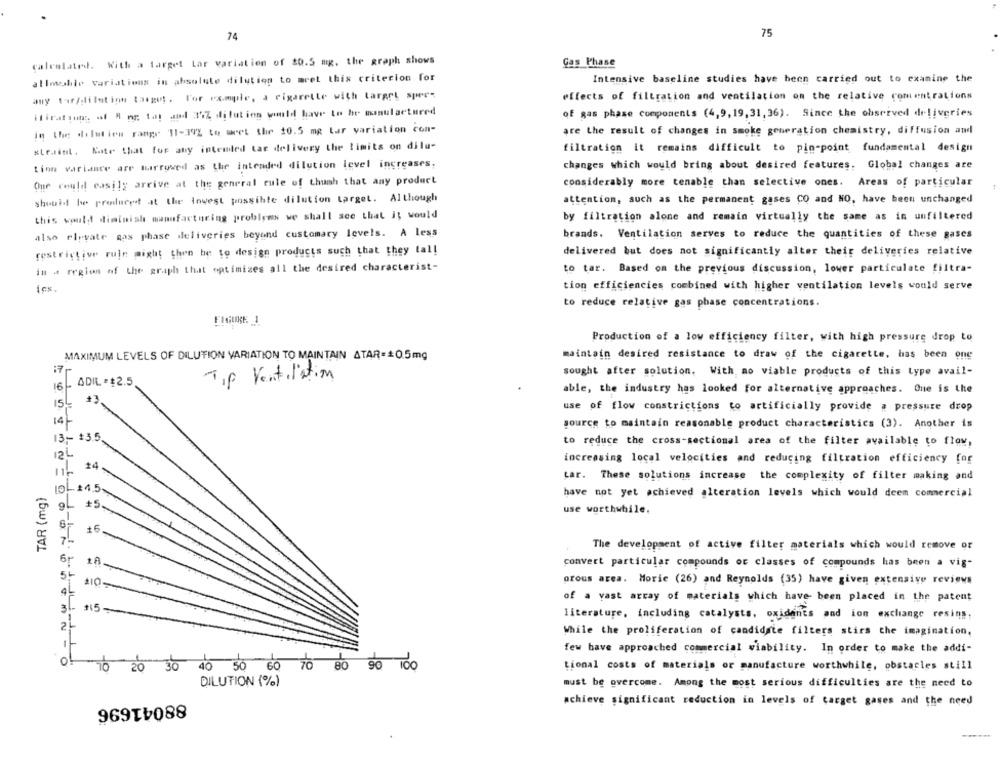
74
75
calculated. With a target Lar variation of 20.5 mg. the graph shows
Gas Phase
allowshie variations in absolute dilution to mret this criterion for
Intensive baseline studies have been carried out to examine the
amy tar/dilution target. Por comple, a cigarette with target sper-
effects of filtration and ventilation on the relative comentrations
ifirating of R og tat and 37Z diluting would have to hr cumulactured
of gas phase components (4,9, 19, 31, 36). Since the observed deliveries
in the dilution range 11-39% to wet the 10.5 mg Lar variation con-
are the result of changes in smoke generation chemistry, diffusion and
straint, Kte that for any intended tac delivery the limits on dilu-
filtration it remains difficult to pin-point fundamental design
Linn variance are turrowed as the intended dilution level increases,
changes which would bring about desired features. Global changes are
Que could easily arrive at the general rule of thumb that any product
considerably more tenable than selective ones. Areas of particular
should be produced at the lowest possible dilution target. Although
attention, such as the permanent gases CO and NO, have been unchanged
this would diminish manufacturing problems we shall see that it would
by filtration alone and remain virtually the same as in unfiltered
also elevate gas phase deliveries beyond customary levels. A less
brands. Ventilation serves to reduce the quantities of these gases
restrictive rule might then be to design products such that they tal!
delivered but does not significantly alter their deliveries relative
in # region of the graph that optimizes all the desired characterist-
to tar. Based on the previous discussion, lower particulate filtra-
iCs.
tion efficiencies combined with higher ventilation levels would serve
to reduce relative gas phase concentrations.
Production of a low efficiency filter, with high pressure drop to
MAXIMUM LEVELS OF DILUTION VARIATION TO MAINTAIN ATAR= = 0.5mg
maintain desired resistance to draw of the cigarette, has been one
17
sought after solution, With no viable products of this type avail-
Tip Ventilation
ADIL . $2.5.
able, the industry has looked for alternative approaches. Que is the
15-
+3
use of flow constrictions to artificially provide a pressure drop
14-
source to maintain reasonable product characteristics (3). Another is
13 -- $3.5
to reduce the cross-sectional area of the filter available to flow,
12L
increasing local velocities and reducing filtration efficiency for
Lar. These solutions increase the complexity of filter making and
TAR (mg)
1DL +4.5
have not yet achieved alteration levels which would deem commercial
9. #5.
use worthwhile.
44
The development of active filter materials which would remove or
6⑈
convert particular compounds or classes of compounds has been a vig-
orous area. Morie (26) and Reynolds (35) have given extensive reviews
4L
110
of a vast array of materials which have been placed in the patent
31- 115-
literature, including catalysts, oxidants and ion exchange resins
While the proliferation of candidate filters stirs the imagination,
few have approached commercial wiability. In order to make the addi-
70 20 30 40 50 60 70 86 90 100
tional costs of materials or manufacture worthwhile, obstacles still
DILUTION (%)
must be overcome. Among the most serious difficulties are the need to
88041696
achieve significant reduction in levels of target gases and the need